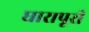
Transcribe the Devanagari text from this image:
घारापूरी